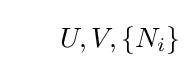
~~~~~U,V,\{N_{i}\}